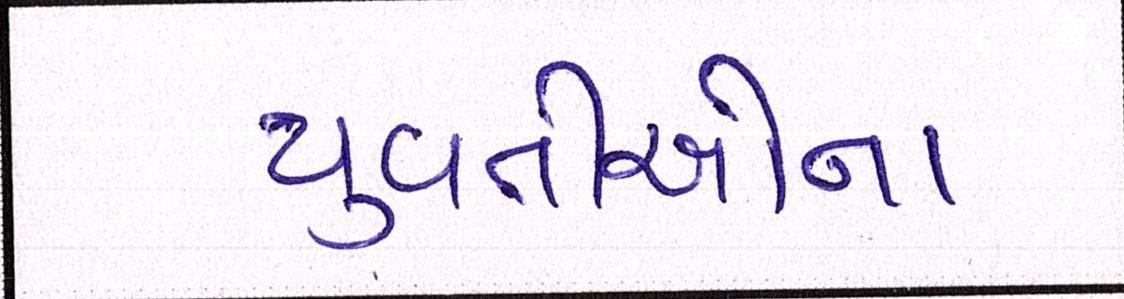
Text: યુવતીઓના